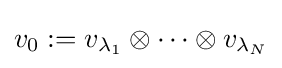
v_{0}:=v_{\lambda _{1}}\otimes \cdots \otimes v_{\lambda _{N}}